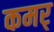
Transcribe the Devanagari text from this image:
कमर्